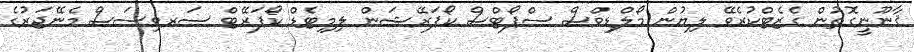
ޤާނޫނީގޮތުން ގެޒެޓްކުރެވޭ ލިޔުން މޯލްޑިވްސް ސްޕޯޓްސް ކޯޕަރޭޝަން ލިމިޓެޑް ކޯޕަރޭޓް ސަރވިސަސް މެނޭޖަރުގެ